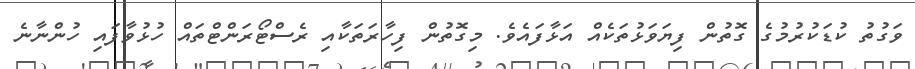
ވަގުތު ކުޑަކުރުމުގެ ގޮތުން ފިޔަވަޅުތަކެއް އަޅާފައެވެ. މިގޮތުން ފިހާރަތަކާއި ރެސްޓޯރަންޓްތައް ހުޅުވާފައި ހުންނާނެ